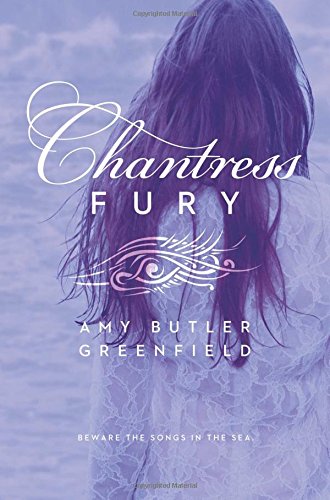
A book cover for Chantress Fury; Amy Butler Greenfield; Teen & Young Adult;